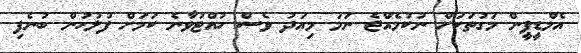
އެމްޑީޕީން މަގުތަކަށް ނުކުމެއްޖެ ނަމަ މިއަދު ވެސް ހުއްޓުވާނެ ކަމަށް ފުލުހުން ބުނެފި